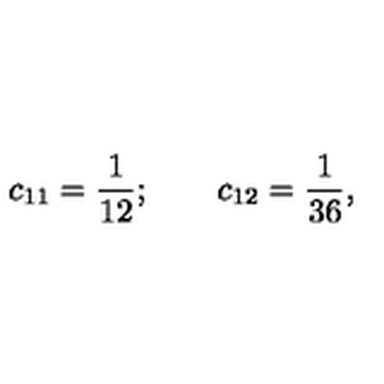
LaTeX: c _ { 1 1 } = \frac 1 { 1 2 } ; \qquad c _ { 1 2 } = \frac 1 { 3 6 } ,